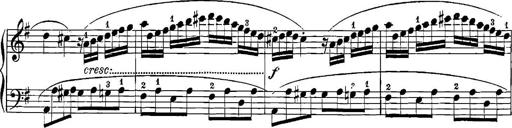
Title: 12 Sonatinas
Composer: Ignaz Pleyel